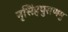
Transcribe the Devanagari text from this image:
नृसिंहपुराणमु